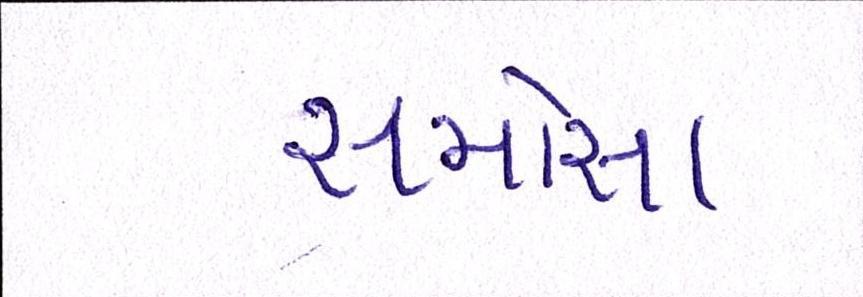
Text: સમોસા